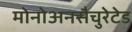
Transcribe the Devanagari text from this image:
मोनोअनसैचुरेटेड